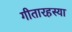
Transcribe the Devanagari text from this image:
गीतारहस्या